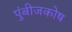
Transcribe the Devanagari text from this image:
पुंबीजकोष